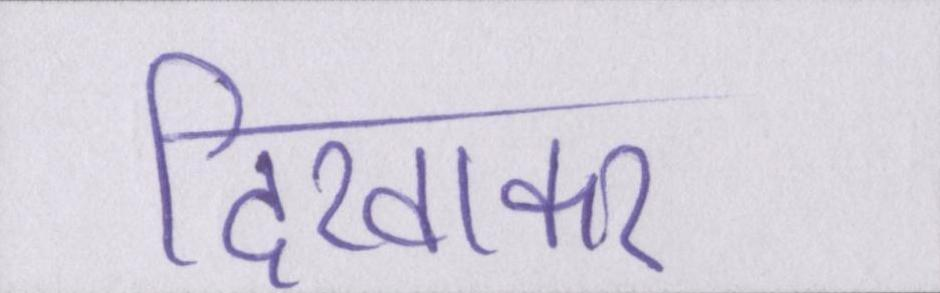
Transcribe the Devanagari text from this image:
दिखाकर